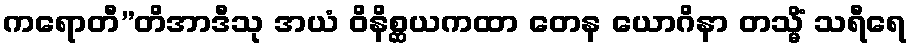
ကရောတီ”တိအာဒီသု အယံ ဝိနိစ္ဆယကထာ တေန ယောဂိနာ တသ္မိံ သရီရေ